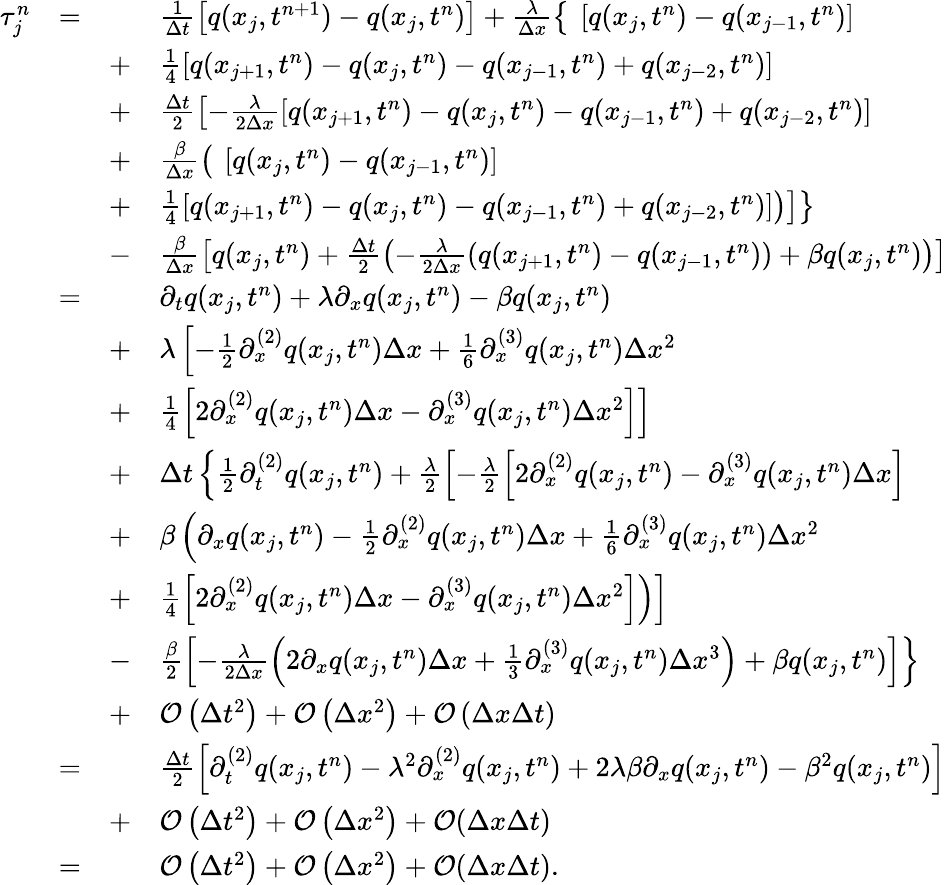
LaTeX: \begin{array}{rlrl}{\tau_{j}^{n}}&{=}&&{\frac{1}{\Delta t}\left[q(x_{j},t^{n+1})-q(x_{j},t^{n})\right]+\frac{\lambda}{\Delta x}\left\lbrace\phantom{\frac{t}{b}}\! \! \! \left[q(x_{j},t^{n})-q(x_{j-1},t^{n})\right]\right.}\\ &{}&{+}&{\left.\frac{1}{4}\left[q(x_{j+1},t^{n})-q(x_{j},t^{n})-q(x_{j-1},t^{n})+q(x_{j-2},t^{n})\right]\right.}\\ &{}&{+}&{\left.\frac{\Delta t}{2}\left[-\frac{\lambda}{2\Delta x}\left[q(x_{j+1},t^{n})-q(x_{j},t^{n})-q(x_{j-1},t^{n})+q(x_{j-2},t^{n})\right]\right.\right.}\\ &{}&{+}&{\left.\left.\frac{\beta}{\Delta x}\left(\phantom{\frac{t}{b}}\! \! \! \left[q(x_{j},t^{n})-q(x_{j-1},t^{n})\right]\right.\right.\right.}\\ &{}&{+}&{\left.\left.\left.\frac{1}{4}\left[q(x_{j+1},t^{n})-q(x_{j},t^{n})-q(x_{j-1},t^{n})+q(x_{j-2},t^{n})\right]\right)\right]\right\rbrace}\\ &{}&{-}&{\frac{\beta}{\Delta x}\left[q(x_{j},t^{n})+\frac{\Delta t}{2}\left(-\frac{\lambda}{2\Delta x}\left(q(x_{j+1},t^{n})-q(x_{j-1},t^{n})\right)+\beta q(x_{j},t^{n})\right)\right]}\\ &{=}&&{\partial_{t}q(x_{j},t^{n})+\lambda\partial_{x}q(x_{j},t^{n})-\beta q(x_{j},t^{n})}\\ &{}&{+}&{\lambda\left[-\frac{1}{2}\partial_{x}^{(2)}q(x_{j},t^{n})\Delta x+\frac{1}{6}\partial_{x}^{(3)}q(x_{j},t^{n})\Delta x^{2}\right.}\\ &{}&{+}&{\left.\frac{1}{4}\left[2\partial_{x}^{(2)}q(x_{j},t^{n})\Delta x-\partial_{x}^{(3)}q(x_{j},t^{n})\Delta x^{2}\right]\right]}\\ &{}&{+}&{\Delta t\left\lbrace\frac{1}{2}\partial_{t}^{(2)}q(x_{j},t^{n})+\frac{\lambda}{2}\left[-\frac{\lambda}{2}\left[2\partial_{x}^{(2)}q(x_{j},t^{n})-\partial_{x}^{(3)}q(x_{j},t^{n})\Delta x\right]\right.\right.}\\ &{}&{+}&{\beta\left(\partial_{x}q(x_{j},t^{n})-\frac{1}{2}\partial_{x}^{(2)}q(x_{j},t^{n})\Delta x+\frac{1}{6}\partial_{x}^{(3)}q(x_{j},t^{n})\Delta x^{2}\right.}\\ &{}&{+}&{\left.\left.\frac{1}{4}\left[2\partial_{x}^{(2)}q(x_{j},t^{n})\Delta x-\partial_{x}^{(3)}q(x_{j},t^{n})\Delta x^{2}\right]\right)\right]}\\ &{}&{-}&{\left.\frac{\beta}{2}\left[-\frac{\lambda}{2\Delta x}\left(2\partial_{x}q(x_{j},t^{n})\Delta x+\frac{1}{3}\partial_{x}^{(3)}q(x_{j},t^{n})\Delta x^{3}\right)+\beta q(x_{j},t^{n})\right]\right\rbrace}\\ &{}&{+}&{\mathcal{O}\left(\Delta t^{2}\right)+\mathcal{O}\left(\Delta x^{2}\right)+\mathcal{O}\left(\Delta x\Delta t\right)}\\ &{=}&&{\frac{\Delta t}{2}\left[\partial_{t}^{(2)}q(x_{j},t^{n})-\lambda^{2}\partial_{x}^{(2)}q(x_{j},t^{n})+2\lambda\beta\partial_{x}q(x_{j},t^{n})-\beta^{2}q(x_{j},t^{n})\right]}\\ &{}&{+}&{\mathcal{O}\left(\Delta t^{2}\right)+\mathcal{O}\left(\Delta x^{2}\right)+\mathcal{O}(\Delta x\Delta t)}\\ &{=}&&{\mathcal{O}\left(\Delta t^{2}\right)+\mathcal{O}\left(\Delta x^{2}\right)+\mathcal{O}(\Delta x\Delta t).}\end{array}